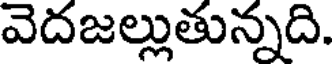
వెదజల్లుతున్నది.